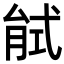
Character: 𢎎